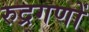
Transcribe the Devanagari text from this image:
रुद्रगणों